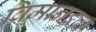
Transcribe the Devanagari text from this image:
विमानदल